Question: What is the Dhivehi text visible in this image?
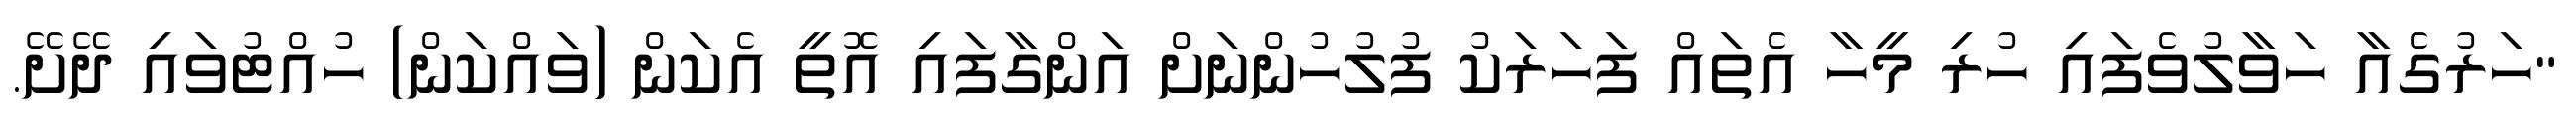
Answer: "ހަރުގެއާ ހަވާލުވެފައި ހުރި މީހާ އެތައް ފަހަރަކު ފުލުހުންނަށް އަންގާފައި އޮތީ އެކަން (ވައްކަން) ހުއްޓުވައި ދޭށޭ.